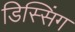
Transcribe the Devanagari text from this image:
डिस्सिंग